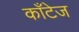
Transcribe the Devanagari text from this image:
काँटेज